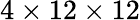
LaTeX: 4\times 12\times 12